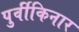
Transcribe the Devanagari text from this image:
पुर्वीकिनार